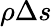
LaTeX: \rho\Delta s